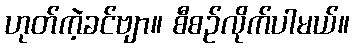
ဟုတ်ကဲ့ခင်ဗျာ။ စီစဉ်လိုက်ပါမယ်။